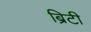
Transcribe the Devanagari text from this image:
ब्रिटी